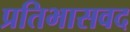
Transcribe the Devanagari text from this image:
प्रतिभासवद